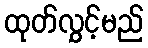
ထုတ်လွှင့်မည်